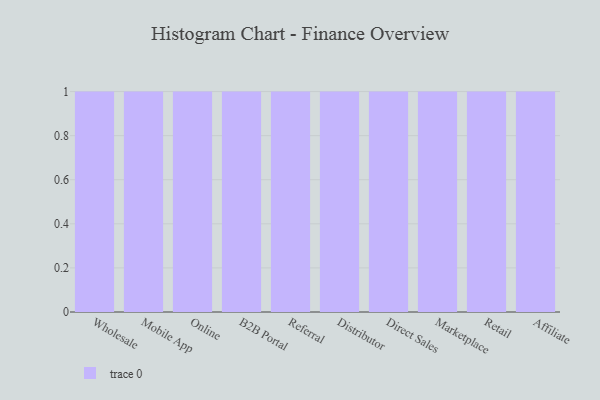
{"axis": {"x": "Channel", "y": "Conversion Rate (%)"}, "legend": [""], "data": [{"x": "Wholesale", "y": 86, "type": ""}, {"x": "Mobile App", "y": 99, "type": ""}, {"x": "Online", "y": 28, "type": ""}, {"x": "B2B Portal", "y": 36, "type": ""}, {"x": "Referral", "y": 19, "type": ""}, {"x": "Distributor", "y": 58, "type": ""}, {"x": "Direct Sales", "y": 4, "type": ""}, {"x": "Marketplace", "y": 25, "type": ""}, {"x": "Retail", "y": 94, "type": ""}, {"x": "Affiliate", "y": 22, "type": ""}]}